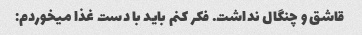
قاشق و چنگال نداشت. فکر کنم باید با دست غذا میخوردم: